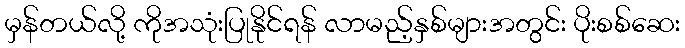
မှန်တယ်လို့ ကိုအသုံးပြုနိုင်ရန် လာမည့်နှစ်များအတွင်း ပိုးစစ်ဆေး